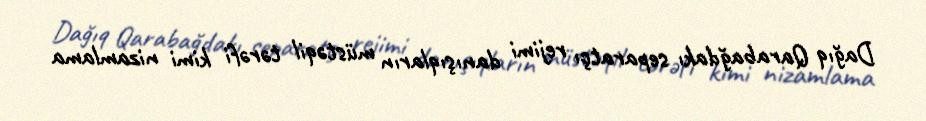
Dağıq Qarabağdakı separatçı rejimi danışıqların müstəqil tərəfi kimi nizamlama